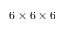
6 \times 6 \times 6